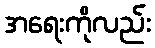
အရေးကိုလည်း